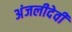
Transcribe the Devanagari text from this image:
अंजलीदेवी